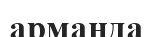
арманда